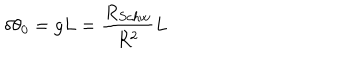
\delta \theta _ { 0 } = g L = \frac { R _ { S c h w } } { R ^ { 2 } } L